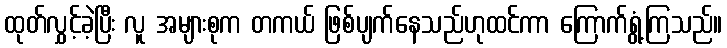
ထုတ်လွှင့်ခဲ့ပြီး လူ အများစုက တကယ် ဖြစ်ပျက်နေသည်ဟုထင်ကာ ကြောက်ရွံ့ကြသည်။